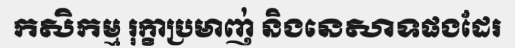
កសិកម្ម រុក្ខាប្រមាញ់ និងនេសាទផងដែរ